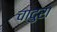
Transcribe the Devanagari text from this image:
चादुरा